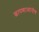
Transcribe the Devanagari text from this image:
छापणाऱ्यांनीच